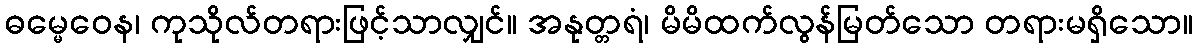
ဓမ္မေဝေန၊ ကုသိုလ်တရားဖြင့်သာလျှင်။ အနုတ္တရံ၊ မိမိထက်လွန်မြတ်သော တရားမရှိသော။